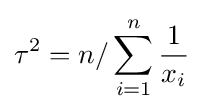
\tau ^{2}=n/\sum _{i=1}^{n}{\frac {1}{x_{i}}}